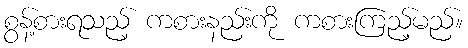
စွန့်စားရသည့် ကစားနည်းကို ကစားကြည့်မည်။